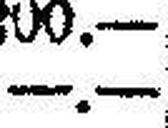
—.—